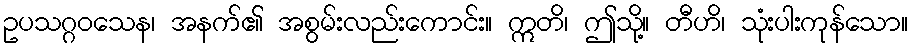
ဥပသဂ္ဂဝသေန၊ အနက်၏ အစွမ်းလည်းကောင်း။ ဣတိ၊ ဤသို့။ တီဟိ၊ သုံးပါးကုန်သော။